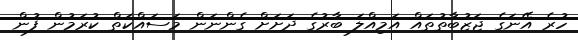
ހުރެ އޭނަގެ ޖަޒުބާތުތައް އަމިއްލަ ބާރުގެ ދަށަށް ގެންނަން މަސައްކަތް ކުރަމުން ފުން